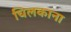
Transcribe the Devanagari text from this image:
चिलकाना